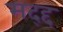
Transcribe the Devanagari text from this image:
मद्द्द